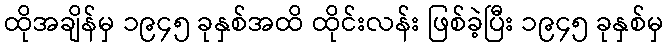
ထိုအချိန်မှ ၁၉၄၅ ခုနှစ်အထိ ထိုင်းလန်း ဖြစ်ခဲ့ပြီး ၁၉၄၅ ခုနှစ်မှ